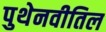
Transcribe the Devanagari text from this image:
पुथेनवीतिल